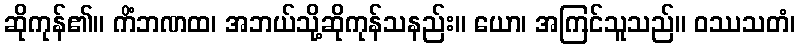
ဆိုကုန်၏။ ကိံဘဏထ၊ အဘယ်သို့ဆိုကုန်သနည်း။ ယော၊ အကြင်သူသည်။ ဝဿသတံ၊